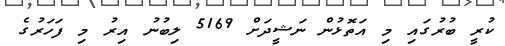
ކުރީ ބުރުގައި މި އަތޮޅުން ނަޝީދަށް 5169 ލިބުނު އިރު މި ފަހަރުގެ